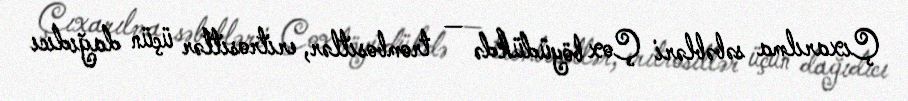
Çıxarılma səbəbləri Çox böyüdükdə — trombositlər, eritrositlər üçün dağıdıcı